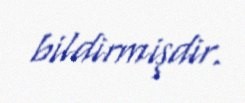
bildirmişdir.